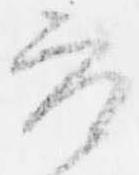
参